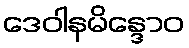
ဒေဝါနမိန္ဒောဝ